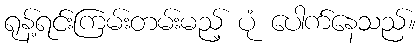
ရုန့်ရင်းကြမ်းတမ်းမည့် ပုံ ပေါက်နေသည်။